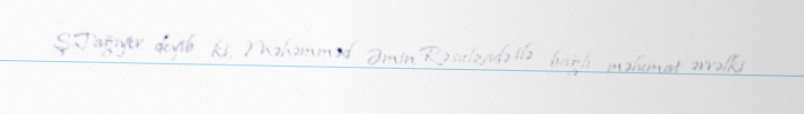
Ş.Tağıyev deyib ki, Məhəmməd Əmin Rəsulzadə ilə bağlı məlumat əvvəlki